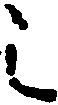
之